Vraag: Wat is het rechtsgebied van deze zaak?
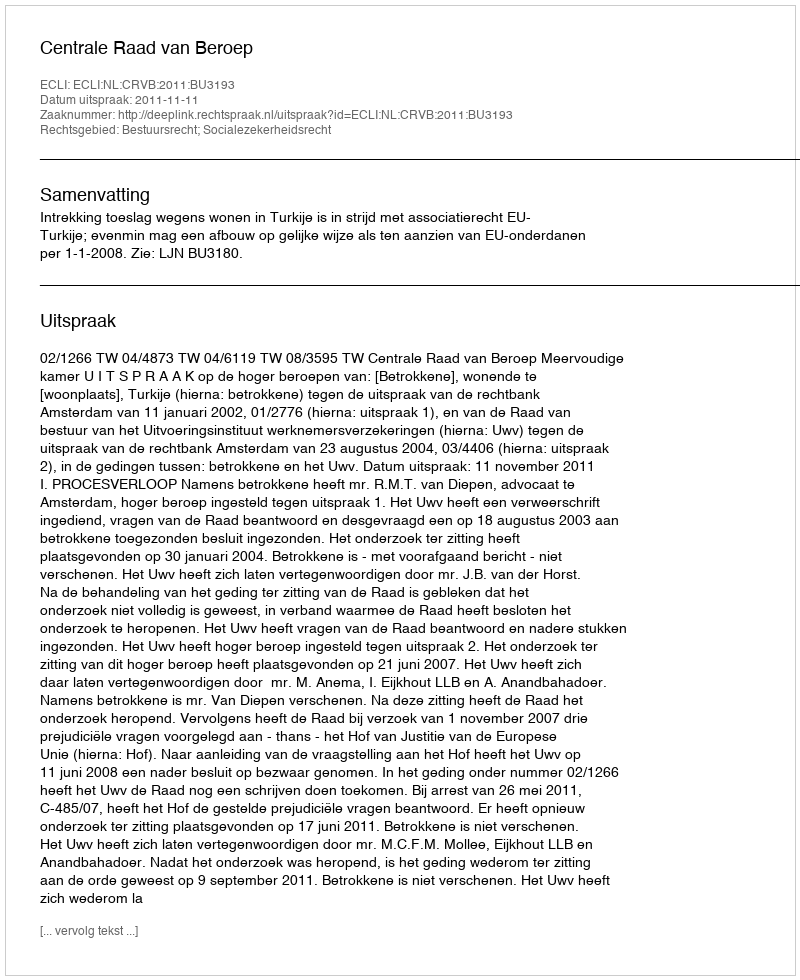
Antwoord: Bestuursrecht; Socialezekerheidsrecht